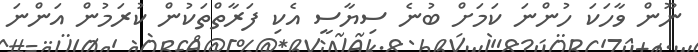
ނޫން ވާހަކަ ހުންނަ ކަމަށް ބުނެ ސިޔާސީ އެކި ފަރާތްތަކުން ކުރަމުން އަންނަ